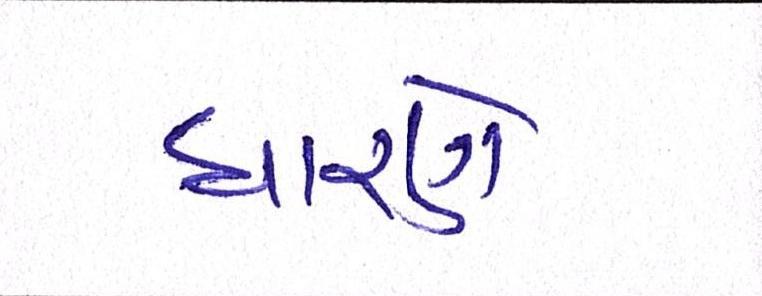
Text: ધારણે